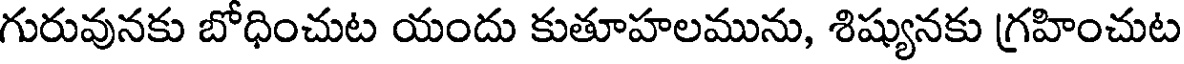
గురువునకు బోధించుట యందు కుతూహలమును, శిష్యునకు గ్రహించుట